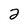
Character: 2